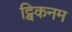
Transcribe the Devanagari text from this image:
ट्विकनम